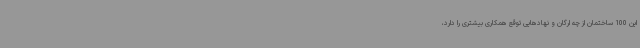
این 100 ساختمان از چه ارگان و نهادهایی توقع همکاری بیشتری را دارد،